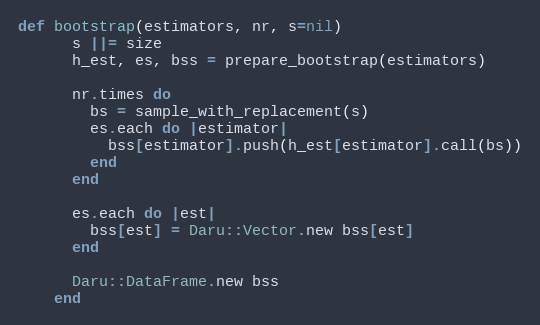
Language: Ruby
def bootstrap(estimators, nr, s=nil)
      s ||= size
      h_est, es, bss = prepare_bootstrap(estimators)

      nr.times do
        bs = sample_with_replacement(s)
        es.each do |estimator|
          bss[estimator].push(h_est[estimator].call(bs))
        end
      end

      es.each do |est|
        bss[est] = Daru::Vector.new bss[est]
      end

      Daru::DataFrame.new bss
    end